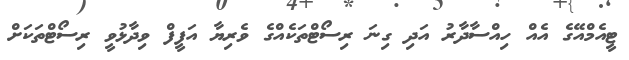
ޓީއެމްއޭގެ އެއް ހިއްސާދާރު އަދި ގިނަ ރިސޯޓްތަކެއްގެ ވެރިޔާ އަފީފް ވިދާޅުވީ ރިސޯޓްތަކަށް